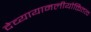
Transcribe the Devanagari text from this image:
देव्यायामलीयोक्तितत्व